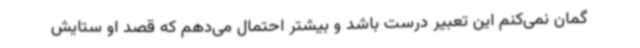
گمان نمی‌کنم این تعبیر درست باشد و بیشتر احتمال می‌دهم که قصد او ستایش